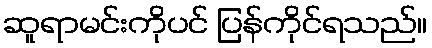
ဆူရာမင်းကိုပင် ပြန်ကိုင်ရသည်။